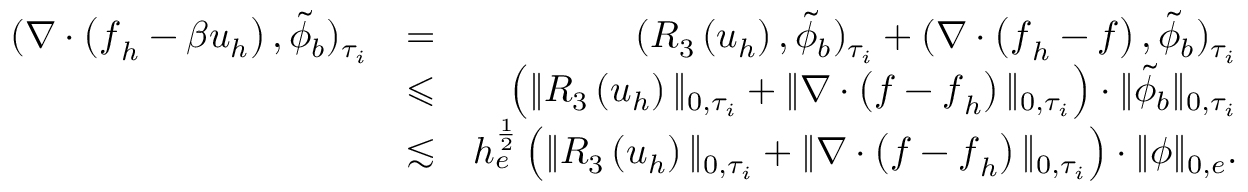
\begin{array} { r l r } { ( \nabla \cdot \left( \boldsymbol { f } _ { h } - \beta \boldsymbol { u } _ { h } \right) , \tilde { \phi } _ { b } ) _ { \tau _ { i } } } & { = } & { ( R _ { 3 } \left( \boldsymbol { u } _ { h } \right) , \tilde { \phi } _ { b } ) _ { \tau _ { i } } + ( \nabla \cdot \left( \boldsymbol { f } _ { h } - \boldsymbol { f } \right) , \tilde { \phi } _ { b } ) _ { \tau _ { i } } } \\ & { \leqslant } & { \left( \| R _ { 3 } \left( \boldsymbol { u } _ { h } \right) \| _ { 0 , \tau _ { i } } + \| \nabla \cdot \left( \boldsymbol { f } - \boldsymbol { f } _ { h } \right) \| _ { 0 , \tau _ { i } } \right) \cdot \| \tilde { \phi } _ { b } \| _ { 0 , \tau _ { i } } } \\ & { \lesssim } & { h _ { e } ^ { \frac { 1 } { 2 } } \left( \| R _ { 3 } \left( \boldsymbol { u } _ { h } \right) \| _ { 0 , \tau _ { i } } + \| \nabla \cdot \left( \boldsymbol { f } - \boldsymbol { f } _ { h } \right) \| _ { 0 , \tau _ { i } } \right) \cdot \| \phi \| _ { 0 , e } . } \end{array}